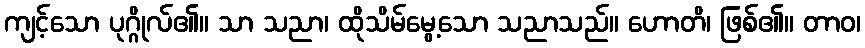
ကျင့်သော ပုဂ္ဂိုလ်၏။ သာ သညာ၊ ထိုသိမ်မွေ့သော သညာသည်။ ဟောတိ၊ ဖြစ်၏။ တာဝ၊